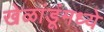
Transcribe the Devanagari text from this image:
खेळांडूंमध्ये